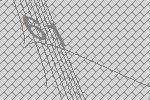
61